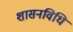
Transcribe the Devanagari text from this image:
शासनविधि